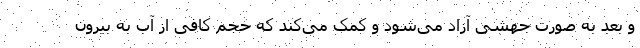
و بعد به صورت جهشی آزاد می‌شود و کمک می‌کند که حجم کافی از آب به بیرون